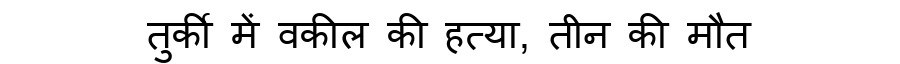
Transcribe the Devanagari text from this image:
तुर्की में वकील की हत्या, तीन की मौत